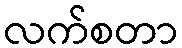
လက်စတာ